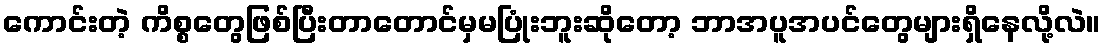
ကောင်းတဲ့ ကိစ္စတွေဖြစ်ပြီးတာတောင်မှမပြုံးဘူးဆိုတော့ ဘာအပူအပင်တွေများရှိနေလို့လဲ။